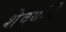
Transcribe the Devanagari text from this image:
शेवयांचे